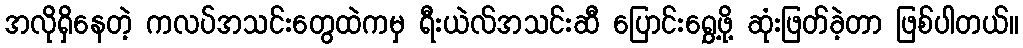
အလိုရှိနေတဲ့ ကလပ်အသင်းတွေထဲကမှ ရီးယဲလ်အသင်းဆီ ပြောင်းရွှေ့ဖို့ ဆုံးဖြတ်ခဲ့တာ ဖြစ်ပါတယ်။